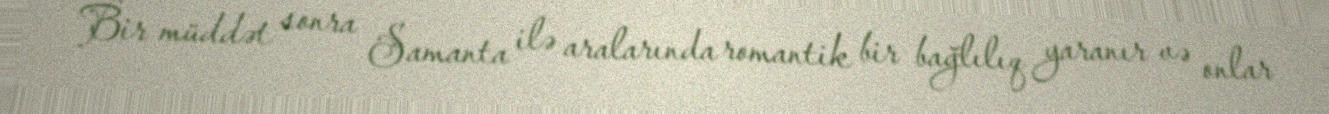
Bir müddət sonra Samanta ilə aralarında romantik bir bağlılıq yaranır və onlar